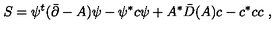
S = \psi ^ { t } ( \bar { \partial } - A ) \psi - \psi ^ { * } c \psi + A ^ { * } \bar { D } ( A ) c - c ^ { * } c c \ ,